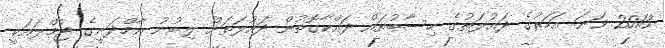
2013 ވަނަ އަހަރުގެ ދައުލަތުގެ ހިސާބުތައް ދައްކާގޮތުން ދައުލަތަށް ލިބުނު އާމްދަނީގެ ޖުމްލައަކީ